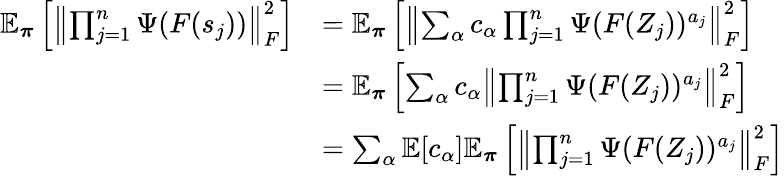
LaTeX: \begin{array}{rl}{\mathbb{E}_{\boldsymbol\pi}\left[\left\lVert\prod_{j=1}^{n}\Psi(F(s_{j}))\right\rVert_{F}^{2}\right]}&{=\mathbb{E}_{\boldsymbol\pi}\left[\left\lVert\sum_{\alpha}c_{\alpha}\prod_{j=1}^{n}\Psi(F(Z_{j}))^{a_{j}}\right\rVert_{F}^{2}\right]}\\ &{=\mathbb{E}_{\boldsymbol\pi}\left[\sum_{\alpha}c_{\alpha}\left\lVert\prod_{j=1}^{n}\Psi(F(Z_{j}))^{a_{j}}\right\rVert_{F}^{2}\right]}\\ &{=\sum_{\alpha}\mathbb{E}[c_{\alpha}]\mathbb{E}_{\boldsymbol\pi}\left[\left\lVert\prod_{j=1}^{n}\Psi(F(Z_{j}))^{a_{j}}\right\rVert_{F}^{2}\right]}\end{array}